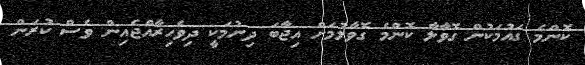
ކޮންމެ ގައުމަކުން ގޮވާލާ ކޮންމެ ގޮވާލުމަށް އިޖާބަ ދިނުމަކީ ދިވެހިރާއްޖެއިން ވެސް ކުރަން